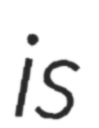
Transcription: is